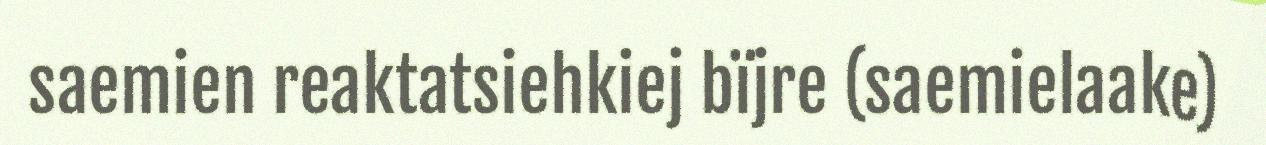
saemien reaktatsiehkiej bïjre (saemielaake)